Problem: 42 + 44 = ?
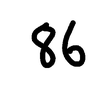
Handwritten answer: 86